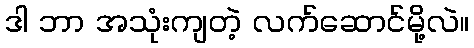
ဒါ ဘာ အသုံးကျတဲ့ လက်ဆောင်မို့လဲ။